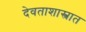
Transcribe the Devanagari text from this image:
देवताशास्त्रात